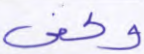
وكفى